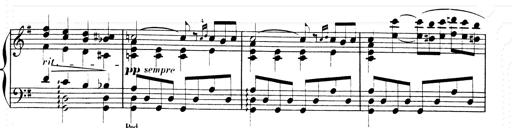
Title: Les SabÃ©ennes
Composer: Franz Liszt